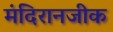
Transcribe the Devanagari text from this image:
मंदिरानजीक